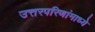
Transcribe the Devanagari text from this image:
उत्तरपरिणांमाध्ये